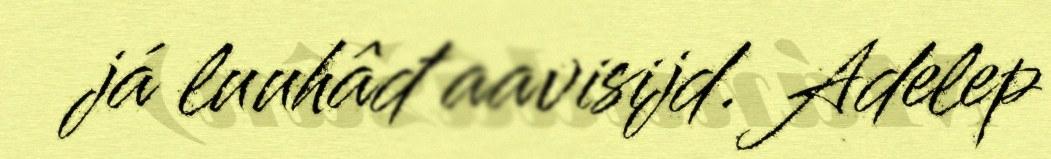
já luuhâđ aavisijd. Adelep